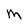
Character: M